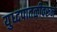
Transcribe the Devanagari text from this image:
युध्दपातळीवरून